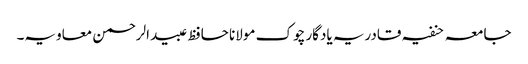
جامعہ حنفیہ قادریہ یادگار چوک مولانا حافظ عبیدالرحمن معاویہ۔